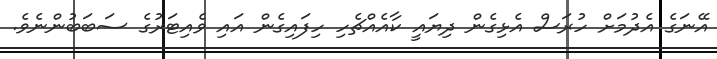
އޭނަގެ އެދުމަށް ހުރަސް އެޅިގެން ދިޔައީ ކާއެއްޗެހި ހިފައިގެން އައި ވެއިޓަރުގެ ސަބަބުންނެވެ.